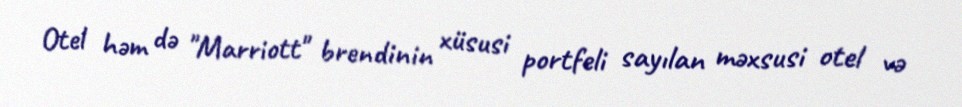
Otel həm də "Marriott" brendinin xüsusi portfeli sayılan məxsusi otel və